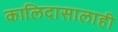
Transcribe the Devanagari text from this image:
कालिदासालाही